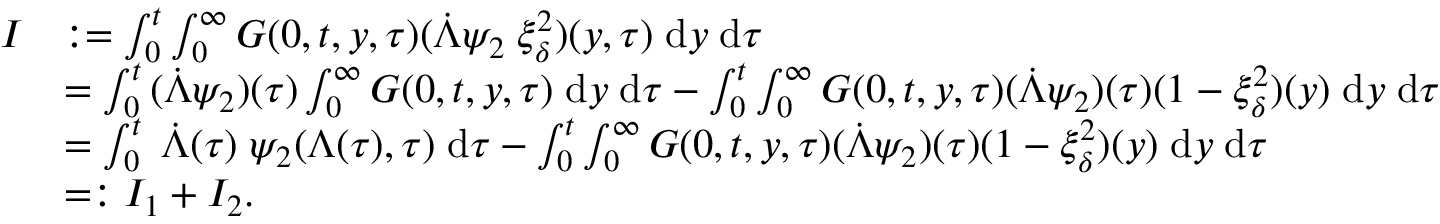
\begin{array} { r l } { I } & { : = \int \displaylimits _ { 0 } ^ { t } \int \displaylimits _ { 0 } ^ { \infty } { G ( 0 , t , y , \tau ) ( \dot { \Lambda } \psi _ { 2 } \; \xi _ { \delta } ^ { 2 } ) ( y , \tau ) \; \mathrm { d } y \; \mathrm { d } \tau } } \\ & { = \int \displaylimits _ { 0 } ^ { t } { ( \dot { \Lambda } \psi _ { 2 } ) ( \tau ) } \int \displaylimits _ { 0 } ^ { \infty } { G ( 0 , t , y , \tau ) \; \mathrm { d } y \; \mathrm { d } \tau } - \int \displaylimits _ { 0 } ^ { t } \int \displaylimits _ { 0 } ^ { \infty } { G ( 0 , t , y , \tau ) ( \dot { \Lambda } \psi _ { 2 } ) ( \tau ) ( 1 - \xi _ { \delta } ^ { 2 } ) ( y ) \; \mathrm { d } y \; \mathrm { d } \tau } } \\ & { = \int \displaylimits _ { 0 } ^ { t } { \; \dot { \Lambda } ( \tau ) \; \psi _ { 2 } ( \Lambda ( \tau ) , \tau ) \; \mathrm { d } \tau } - \int \displaylimits _ { 0 } ^ { t } \int \displaylimits _ { 0 } ^ { \infty } { G ( 0 , t , y , \tau ) ( \dot { \Lambda } \psi _ { 2 } ) ( \tau ) ( 1 - \xi _ { \delta } ^ { 2 } ) ( y ) \; \mathrm { d } y \; \mathrm { d } \tau } } \\ & { = : I _ { 1 } + I _ { 2 } . } \end{array}